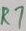
Text: R7